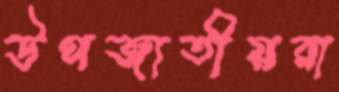
উপজাতীয়রা